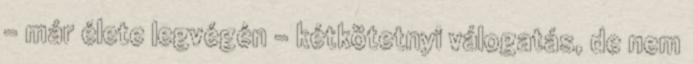
– már élete legvégén – kétkötetnyi válogatás, de nem